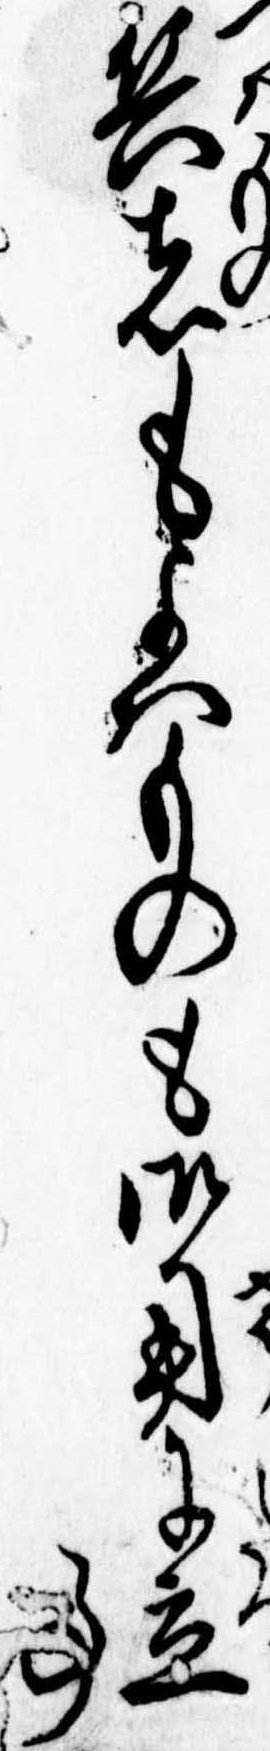
兵者もよはものも御用に立事